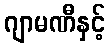
ဂျာမဏီနှင့်